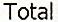
TOTAL